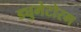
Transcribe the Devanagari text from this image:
ड्युमेटोरम